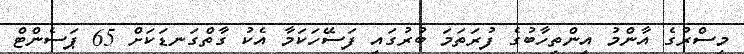
މިސްރުގެ އާންމު އިންތިހާބުގެ ފުރަތަމަ ބުރުގައި ފަސޭހަކަމާ އެކު ގާތްގަނޑަކަށް 65 ޕަސެންޓް